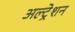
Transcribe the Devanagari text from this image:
अल्ट्रेशन